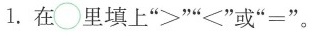
1.在\circ 里填上”>””<”或”=”。